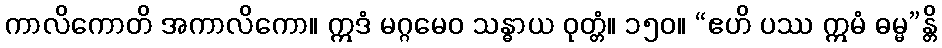
ကာလိကောတိ အကာလိကော။ ဣဒံ မဂ္ဂမေဝ သန္ဓာယ ဝုတ္တံ။ ၁၅၀။ “ဧဟိ ပဿ ဣမံ ဓမ္မ”န္တိ